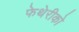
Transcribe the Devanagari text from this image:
फेथेरीको